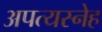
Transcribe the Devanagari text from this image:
अपत्यस्नेह